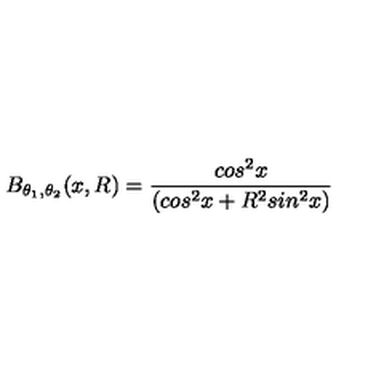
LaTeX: B _ { \theta _ { 1 } , \theta _ { 2 } } ( x , R ) = \frac { c o s ^ { 2 } x } { ( c o s ^ { 2 } x + R ^ { 2 } s i n ^ { 2 } x ) }